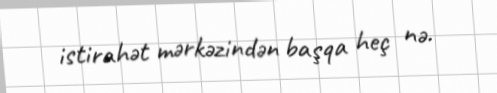
istirahət mərkəzindən başqa heç nə.